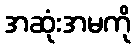
အဆုံးအမကို